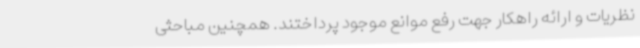
نظریات و ارائه راهکار جهت رفع موانع موجود پرداختند. همچنین مباحثی